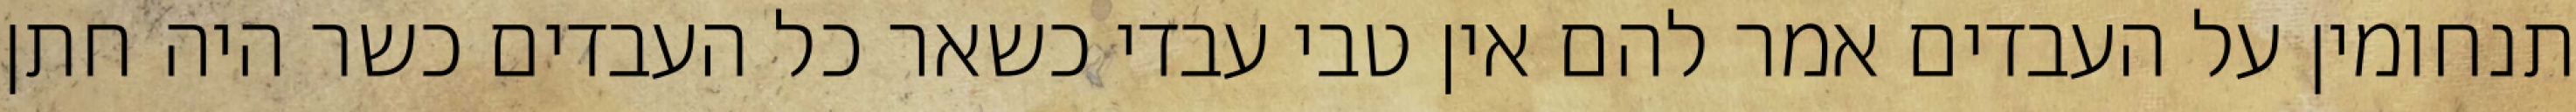
תנחומין על העבדים אמר להם אין טבי עבדי כשאר כל העבדים כשר היה חתן